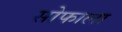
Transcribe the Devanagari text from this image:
सोफाला